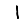
Digit: 1